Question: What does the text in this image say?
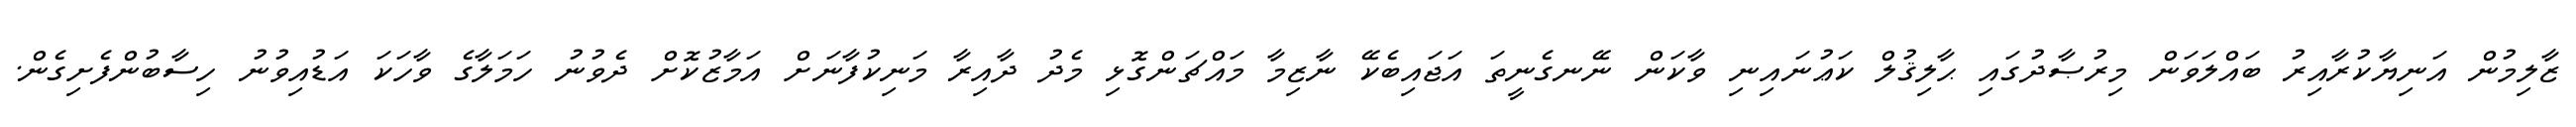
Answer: ޒާލިމުން އަނިޔާކުރާއިރު ބައްލަވަން މިރުޞާދުގައި ޙާލިޤުލް ކަޢުނައިނި ވާކަން ނޭނގެނީތަ އަޖައިބެކޭ ނާޒިމާ މައްޗަންގޮޅި މެދު ދާއިރާ މަނިކުފާނަށް އަމާޒުކޮށް ދެވުނު ހަމަލާގެ ވާހަކަ އަޑުއިވުނު ހިސާބުންފެށިގެން.